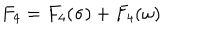
LaTeX: F _ { 4 } = F _ { 4 } ( \sigma ) + F _ { 4 } ( \omega )